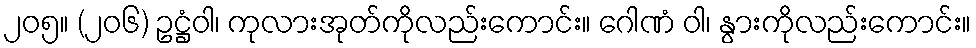
၂၀၅။ (၂၀၆) ဥဋ္ဌံဝါ၊ ကုလားအုတ်ကိုလည်းကောင်း။ ဂေါဏံ ဝါ၊ နွားကိုလည်းကောင်း။